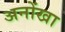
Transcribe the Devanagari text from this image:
अनोंखा